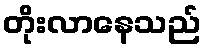
တိုးလာနေသည်